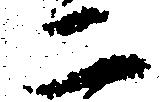
二